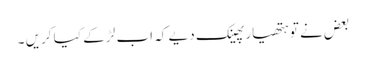
بعض نے تو ہتھیار پھینک دیے کہ اب لڑ کے کیا کریں ۔